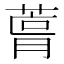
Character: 𮐛